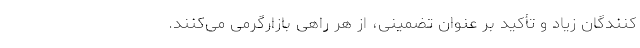
کنندگان زیاد و تأکید بر عنوان تضمینی، از هر راهی بازارگرمی می‌کنند.